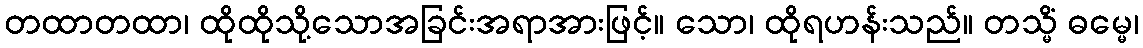
တထာတထာ၊ ထိုထိုသို့သောအခြင်းအရာအားဖြင့်။ သော၊ ထိုရဟန်းသည်။ တသ္မိံ ဓမ္မေ၊